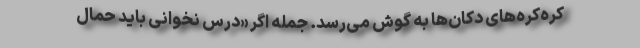
کره‌کره‌های دکان‌ها به گوش می‌رسد. جمله اگر «درس نخوانی باید حمال